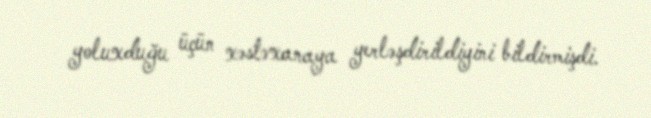
yoluxduğu üçün xəstəxanaya yerləşdirildiyini bildirmişdi.